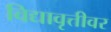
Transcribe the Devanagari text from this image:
विद्यावृत्तीवर